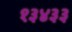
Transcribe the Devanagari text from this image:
१३४३३